Annual report on the working of the lock hospitals in the North-Western Provinces and Oudh
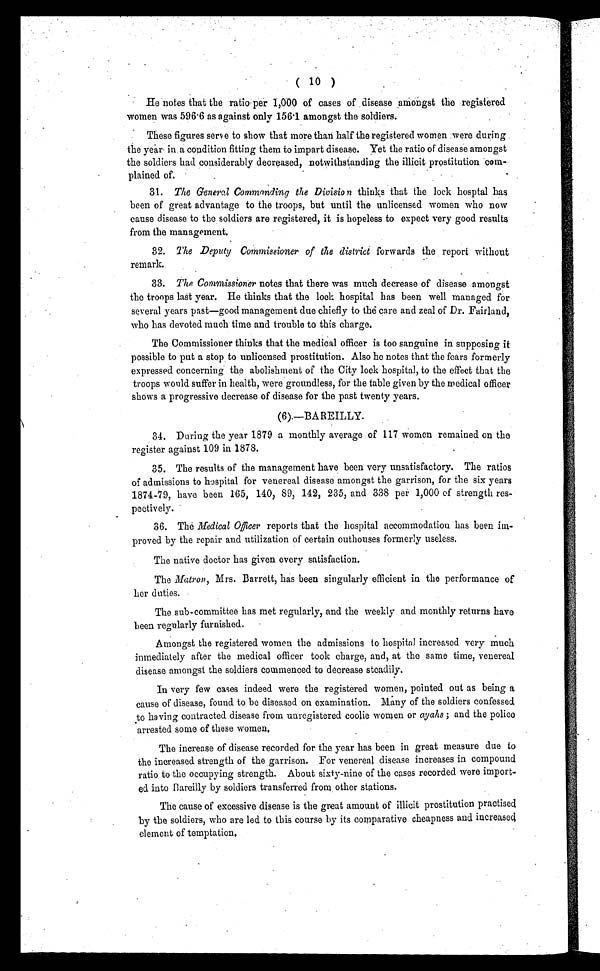
( 10 )
He notes that the ratio per 1,000 of cases of disease amongst the registered
women was 596 . 6 as against only 156·1 amongst the soldiers.
These figures serve to show that more than half the registered women were during
the year in a condition fitting them to impart disease. Yet the ratio of disease amongst
the soldiers had considerably decreased, notwithstanding the illicit prostitution com-
plained of.
31.
The General Commanding the Division thinks that the lock hosptal has
been of great advantage to the troops, but until the unlicensed women who now
cause disease to the soldiers are registered, it is hopeless to expect very good results
from the management.
32.
The Deputy Commissioner of the district forwards the report without
remark.
33.
The Commissioner notes that there was much decrease of disease amongst
the troops last year. He thinks that the lock hospital has been well managed for
several years past—good management due chiefly to thé care and zeal of Dr. Fairland,
who has devoted much time and trouble to this charge.
The Commissioner thinks that the medical officer is too sanguine in supposing it
possible to put a stop to unlicensed prostitution. Also he notes that the fears formerly
expressed concerning the abolishment of the City lock hospital, to the effect that the
troops would suffer in health, were groundless, for the table given by the medical officer
shows a progressive decrease of disease for the past twenty years.
(6).—BAREILLY.
3 4 . D u r i n g t h e y e a r 1 8 7 9 a m o n t h l y a v e r a g e o f 1 1 7 w o m e n r e m a i n e d o n t h e
register against 109 in 1878.
35. The results of the management have been very unsatisfactory. The ratios
of admissions to hospital for venereal disease amongst the garrison, for the six years
1874-79, have been 165, 140, 89, 142, 235, and 338 per 1,000 of strength res-
pectively.
35. The Medical Officer reports that the hospital accommodation has been im-
proved by the repair and utilization of certain outhouses formerly useless.
The native doctor has given every satisfaction.
The Matron, Mrs. Barrett, has been singularly efficient in the performance of
her duties.
The sub-committee has met regularly, and the weekly and monthly returns have
been regularly furnished.
Amongst the registered women the admissions to hospital increased very much
inmediately after the medical officer took charge, and, at the same time, venereal
disease amongst the soldiers commenced to decrease steadily.
In very few cases indeed were the registered women, pointed out as being a
cause of disease, found to be diseased on examination. Many of the soldiers confessed
to having contracted disease from unregistered coolie women or ayahs ; a n d t h e p o l i c e
arrested some of these women
.
The increase of disease recorded for the year has been in great measure due to
the increased strength of the garrison. For venereal disease increases in compound
ratio to the occupying strength. About sixty-nine of the cases recorded were import-
ed into Bareilly by soldiers transferred from other stations.
The cause of excessive disease is the great amount of illicit prostitution practised
by the soldiers, who are led to this course by its comparative cheapness and increased
element of temptation.